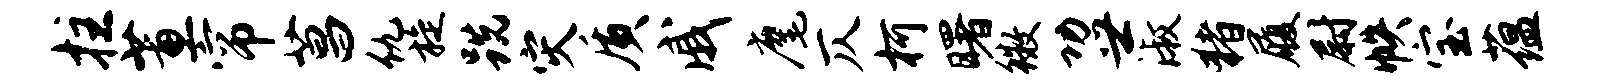
拄蕙帘菖仇旋跣灾质戚麾仄柯曙徽功世淑猪履尉帙宝蕴